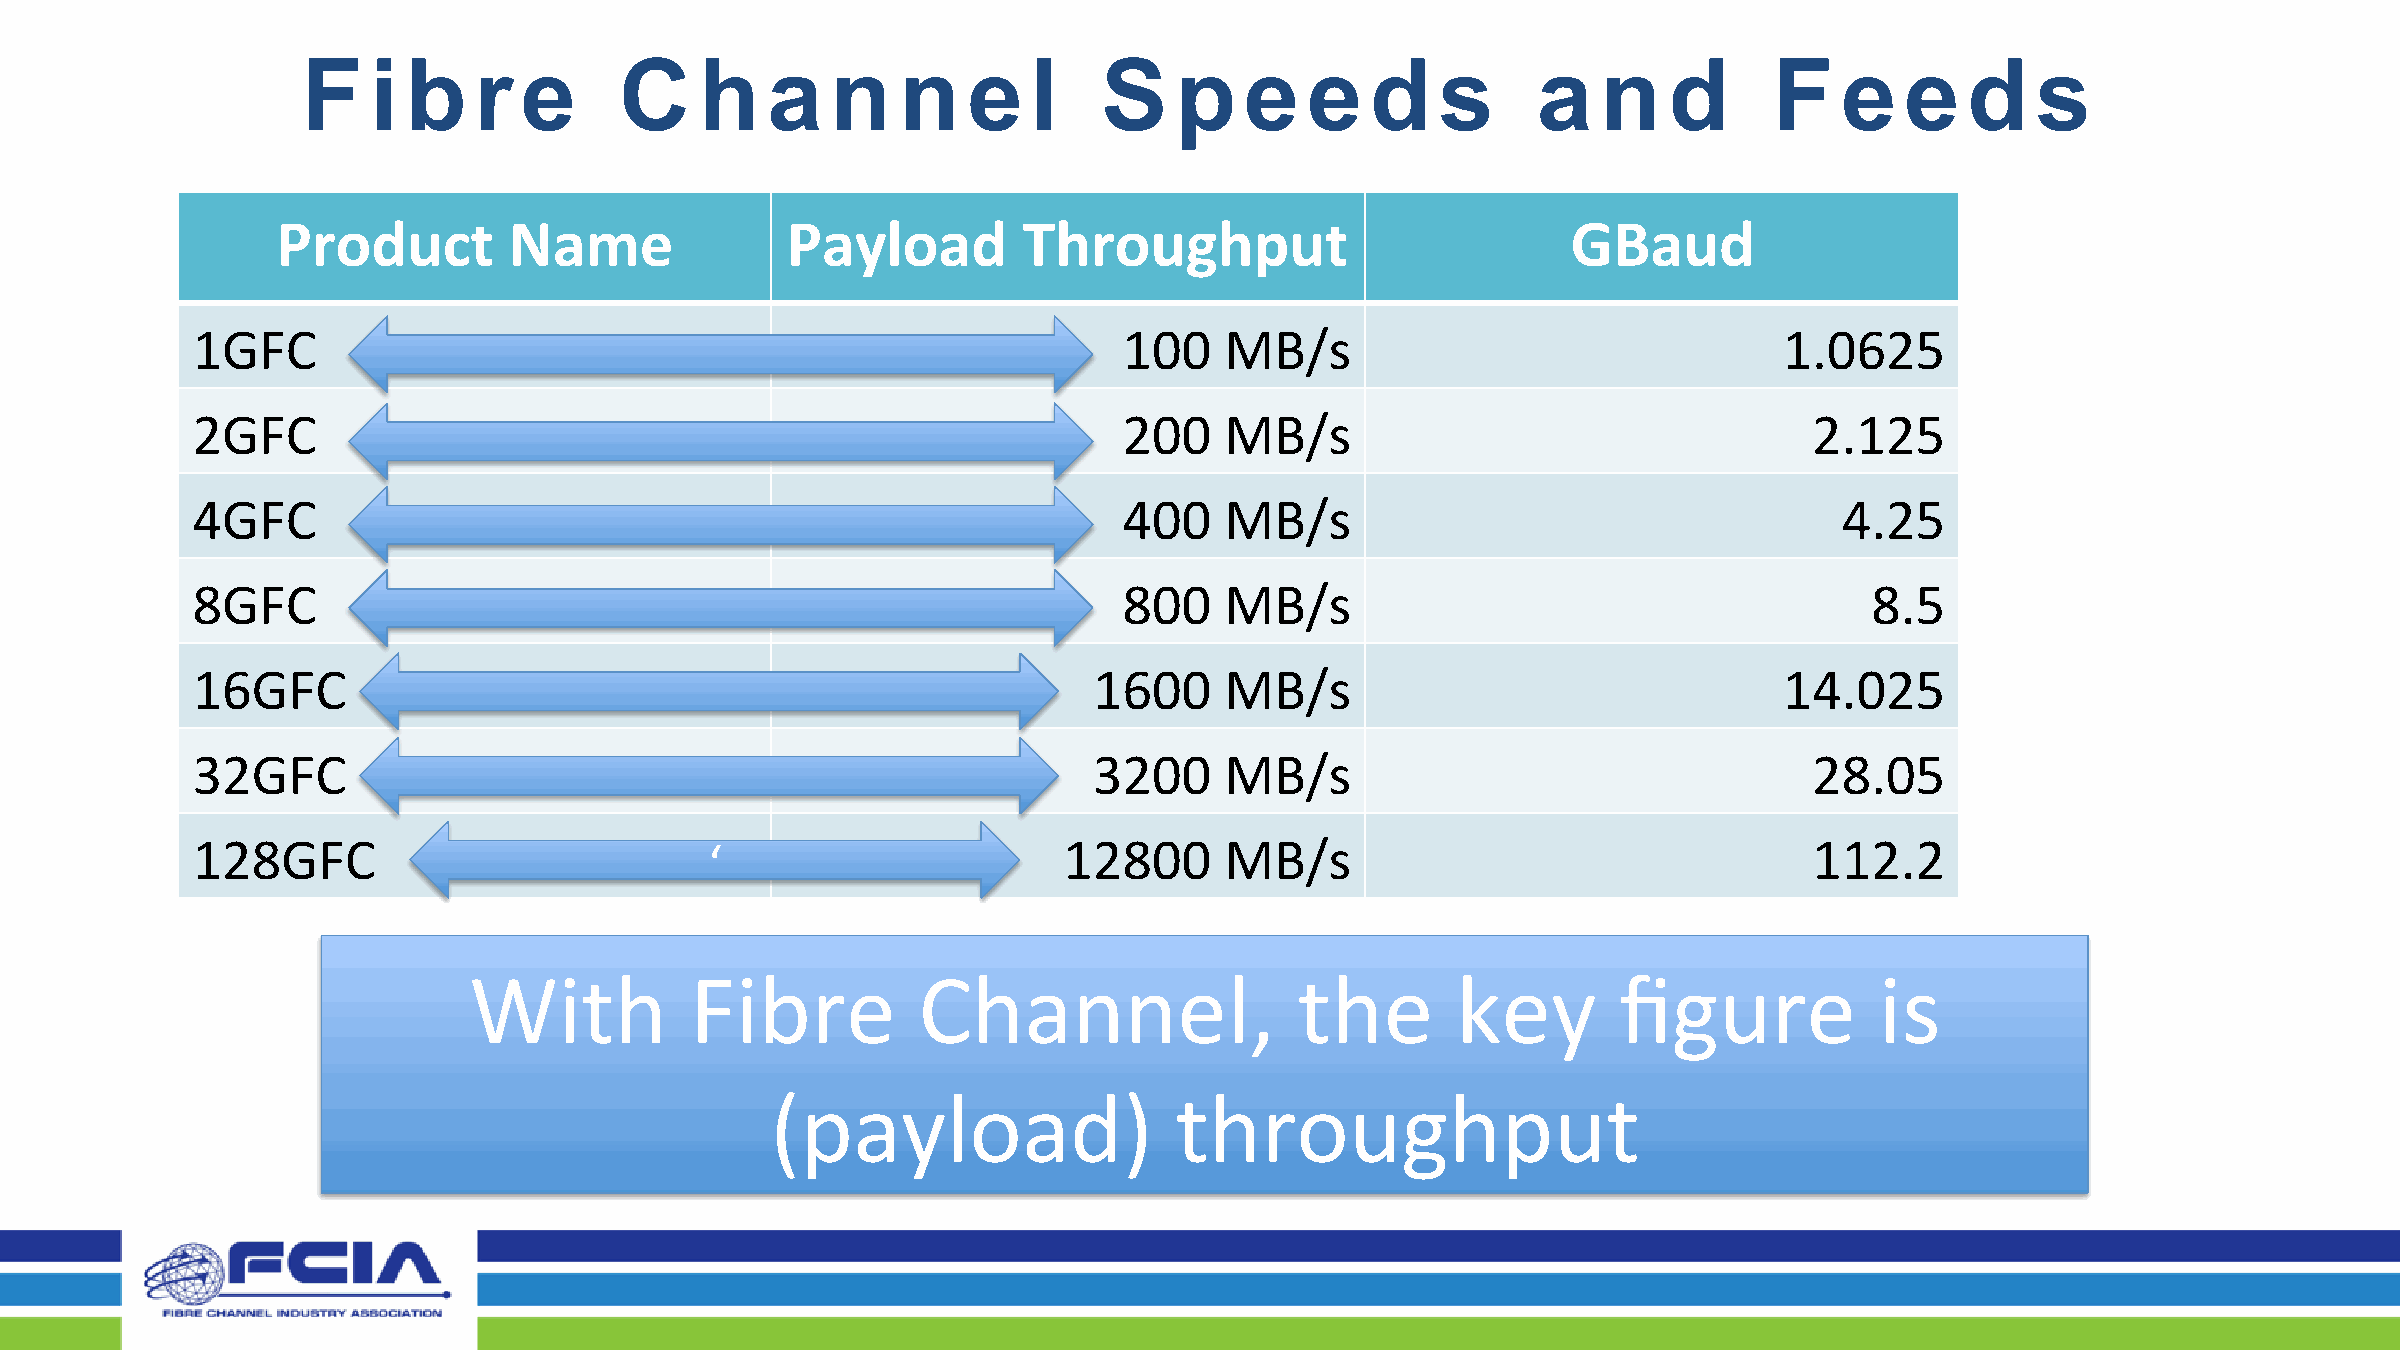
F    i b   r  e      C    h    a   n    n   e   l    S    p   e    e   d   s      a   n   d      F    e   e   d    s
 Product         Name              Payload         Throughput                          GBaud
 1GFC                                                         100    MB/s                                 1.0625
 2GFC                                                         200    MB/s                                   2.125
 4GFC                                                         400    MB/s                                     4.25
 8GFC                                                         800    MB/s                                       8.5
 16GFC                                                      1600     MB/s                                 14.025
 32GFC                                                      3200     MB/s                                   28.05
 128GFC                            ‘                      12800      MB/s                                   112.2
 With           Fibre          Channel,                 the       key        figure           is
 (payload)                  throughput